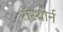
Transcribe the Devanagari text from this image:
रॉस्थोर्न